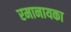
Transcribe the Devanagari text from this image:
रमानायका